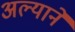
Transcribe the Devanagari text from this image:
अल्याने